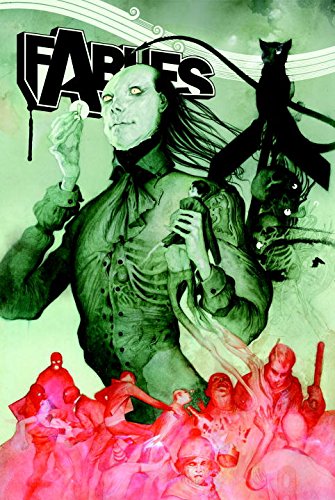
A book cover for Fables: The Deluxe Edition Book Eleven; Bill Willingham; Comics & Graphic Novels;